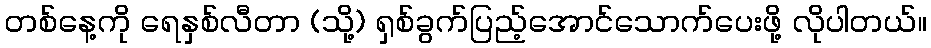
တစ်နေ့ကို ရေနှစ်လီတာ (သို့) ရှစ်ခွက်ပြည့်အောင်သောက်ပေးဖို့ လိုပါတယ်။